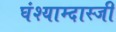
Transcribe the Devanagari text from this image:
घंश्याम्दास्जी